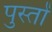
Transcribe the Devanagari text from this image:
पुस्तों